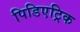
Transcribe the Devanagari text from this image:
पिडिएट्रिक